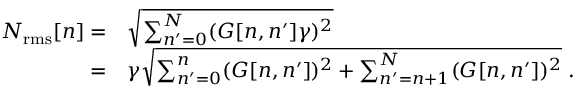
\begin{array} { r l } { N _ { \mathrm { r m s } } [ n ] = } & { { } \sqrt { \sum _ { n ^ { \prime } = 0 } ^ { N } ( G [ n , n ^ { \prime } ] \gamma ) ^ { 2 } } } \\ { = } & { { } \gamma \sqrt { \sum _ { n ^ { \prime } = 0 } ^ { n } ( G [ n , n ^ { \prime } ] ) ^ { 2 } + \sum _ { n ^ { \prime } = n + 1 } ^ { N } ( G [ n , n ^ { \prime } ] ) ^ { 2 } } \; . } \end{array}